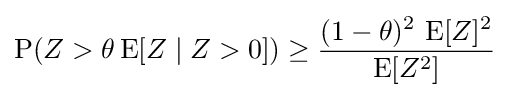
\operatorname {P} (Z>\theta \operatorname {E} [Z\mid Z>0])\geq {\frac {(1-\theta )^{2}\,\operatorname {E} [Z]^{2}}{\operatorname {E} [Z^{2}]}}